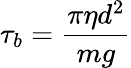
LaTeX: \tau_{b}=\frac{\pi\eta d^{2}}{mg}